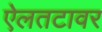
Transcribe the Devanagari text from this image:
ऐलतटावर